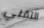
التقني